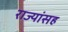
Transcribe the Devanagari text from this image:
राज्यांसह